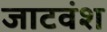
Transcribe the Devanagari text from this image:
जाटवंश